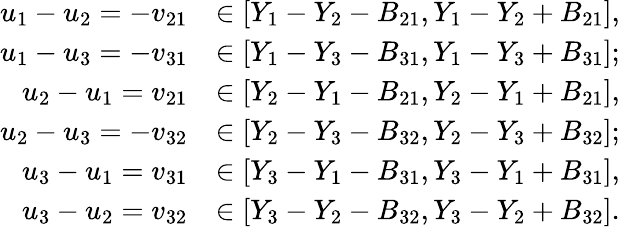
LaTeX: \begin{array}{rl}{u_{1}-u_{2}=-v_{21}}&{\in[Y_{1}-Y_{2}-B_{21},Y_{1}-Y_{2}+B_{21}],}\\ {u_{1}-u_{3}=-v_{31}}&{\in[Y_{1}-Y_{3}-B_{31},Y_{1}-Y_{3}+B_{31}];}\\ {u_{2}-u_{1}=v_{21}}&{\in[Y_{2}-Y_{1}-B_{21},Y_{2}-Y_{1}+B_{21}],}\\ {u_{2}-u_{3}=-v_{32}}&{\in[Y_{2}-Y_{3}-B_{32},Y_{2}-Y_{3}+B_{32}];}\\ {u_{3}-u_{1}=v_{31}}&{\in[Y_{3}-Y_{1}-B_{31},Y_{3}-Y_{1}+B_{31}],}\\ {u_{3}-u_{2}=v_{32}}&{\in[Y_{3}-Y_{2}-B_{32},Y_{3}-Y_{2}+B_{32}].}\end{array}